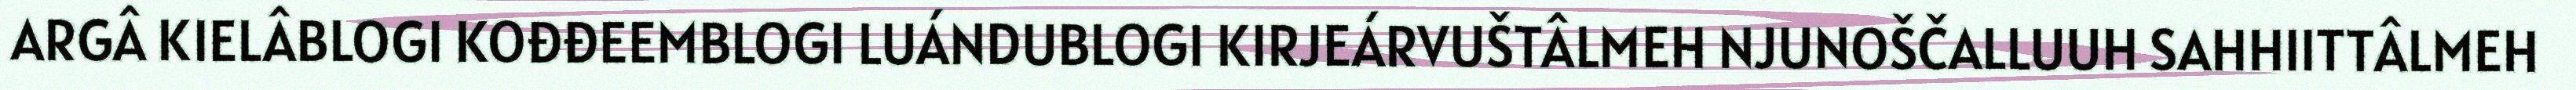
ARGÂ KIELÂBLOGI KOĐĐEEMBLOGI LUÁNDUBLOGI KIRJEÁRVUŠTÂLMEH NJUNOŠČALLUUH SAHHIITTÂLMEH